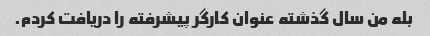
بله من سال گذشته عنوان کارگر پیشرفته را دریافت کردم.